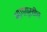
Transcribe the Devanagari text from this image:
भागापुरतीच